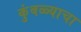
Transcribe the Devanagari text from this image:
कुंबळ्याचा